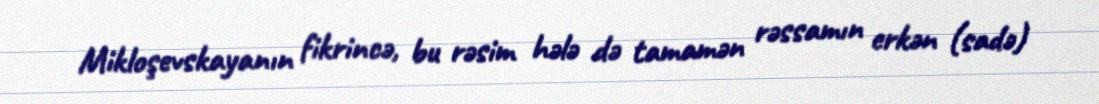
Mikloşevskayanın fikrincə, bu rəsim hələ də tamamən rəssamın erkən (sadə)